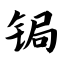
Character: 锔